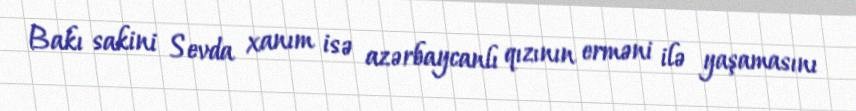
Bakı sakini Sevda xanım isə azərbaycanlı qızının erməni ilə yaşamasını